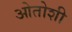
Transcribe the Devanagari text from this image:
ओतोशी